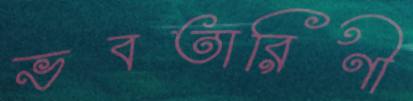
ভবতারিণী